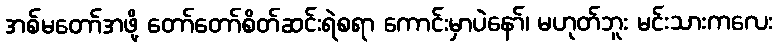
အစ်မတော်အဖို့ တော်တော်စိတ်ဆင်းရဲစရာ ကောင်းမှာပဲနော်၊ မဟုတ်ဘူး မင်းသားကလေး